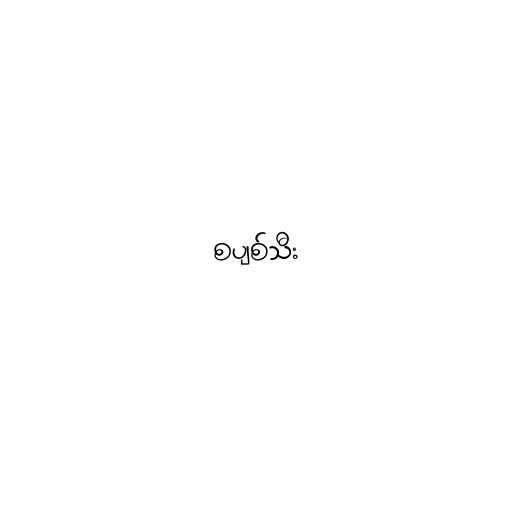
စပျစ်သီး